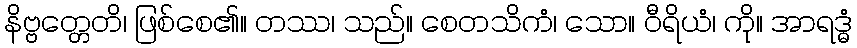
နိဗ္ဗတ္တေတိ၊ ဖြစ်စေ၏။ တဿ၊ သည်။ စေတသိကံ၊ သော။ ဝီရိယံ၊ ကို။ အာရဒ္ဓံ